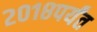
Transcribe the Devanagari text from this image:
२०१८पर्यंत